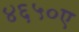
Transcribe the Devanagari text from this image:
४६५०ए